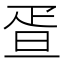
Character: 疍